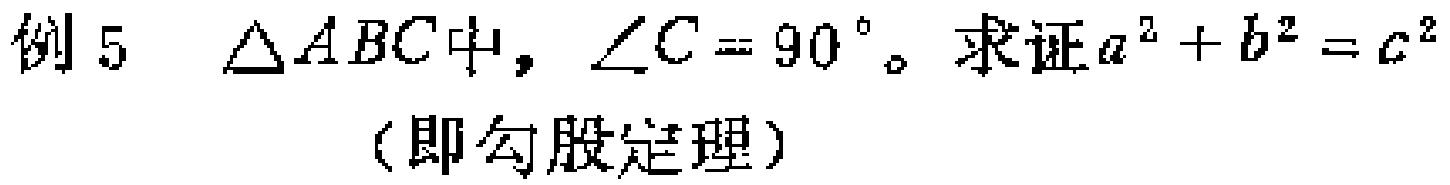
例 5 $\triangle ABC$中，$\angle C = 90^{\circ}$。求证$a^{2} + b^{2} = c^{2}$

（即勾股定理）